Civil Veterinary Dept. Bombay admin report 1900-1906 - 1900-1906
Year: 1900
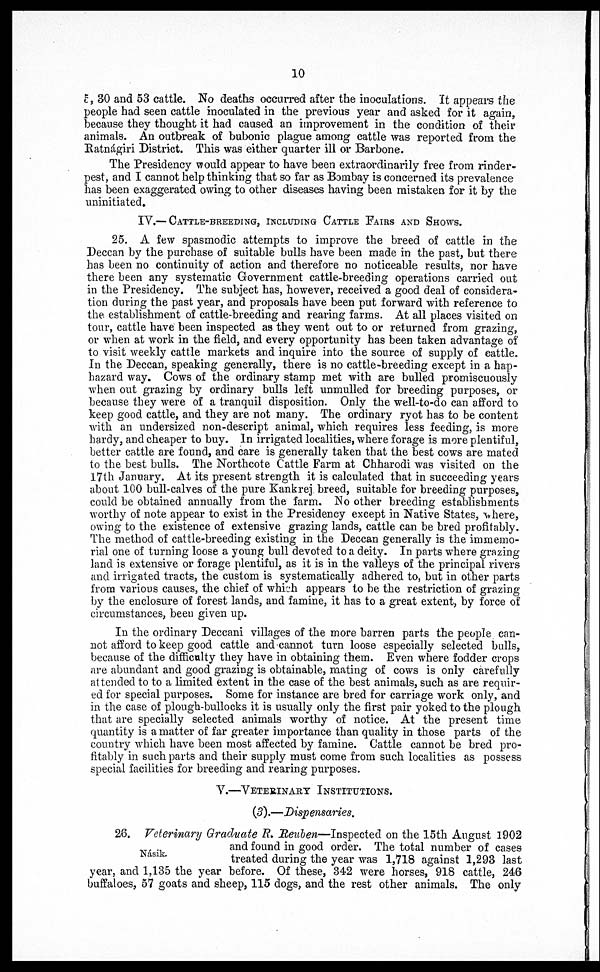
10
5, 30 and 53 cattle. No deaths occurred after the inoculations. It appears the
people had seen cattle inoculated in the previous year and asked for it again,
because they thought it had caused an improvement in the condition of their
animals. An outbreak of bubonic plague among cattle was reported from the
Ratnágiri District. This was either quarter ill or Barbone.
The Presidency would appear to have been extraordinarily free from rinder-
pest, and I cannot help thinking that so far as Bombay is concerned its prevalence
has been exaggerated owing to other diseases having been mistaken for it by the
uninitiated.
IV.— CATTLE-BREEDING, INCLUDING CATTLE FAIRS AND SHOWS.
25. A few spasmodic attempts to improve the breed of cattle in the
Deccan by the purchase of suitable bulls have been made in the past, but there
has been no continuity of action and therefore no noticeable results, nor have
there been any systematic Government cattle-breeding operations carried out
in the Presidency. The subject has, however, received a good deal of considera-
tion during the past year, and proposals have been put forward with reference to
the. establishment of cattle-breeding and rearing farms. At all places visited on
tour, cattle have been inspected as they went out to or returned from grazing,
or when at work in the field, and every opportunity has been taken advantage of
to visit weekly cattle markets and inquire into the source of supply of cattle.
In the Deccan, speaking generally, there is no cattle-breeding except in a hap-
hazard way. Cows of the ordinary stamp met with are bulled promiscuously
when out grazing by ordinary bulls left unmulled for breeding purposes, or
because they were of a tranquil disposition. Only the well-to-do can afford to
keep good cattle, and they are not many. The ordinary ryot has to be content
with an undersized non-descript animal, which requires less feeding, is more
hardy, and cheaper to buy. In irrigated localities, where forage is more plentiful,
better cattle are found, and care is generally taken that the best cows are mated
to the best bulls. The Northcote Cattle Farm at Chharodi was visited on the
17th January. At its present strength it is calculated that in succeeding years
about 100 bull-calves of the pure Kankrej breed, suitable for breeding purposes,
could be obtained annually from the farm. No other breeding establishments
worthy of note appear to exist in the Presidency except in Native States, where,
owing to the existence of extensive grazing lands, cattle can be bred profitably.
The method of cattle-breeding existing in the Deccan generally is the immemo-
rial one of turning loose a young bull devoted to a deity. In parts where grazing
land is extensive or forage plentiful, as it is in the valleys of the principal rivers
and irrigated tracts, the custom is systematically adhered to, but in other parts
from various causes, the chief of which appears to be the restriction of grazing
by the enclosure of forest lands, and famine, it has to a great extent, by force of
circumstances, been given up.
In the ordinary Deccani villages of the more barren parts the people can-
not afford to keep good cattle and cannot turn loose especially selected bulls,
because of the difficulty they have in obtaining them. Even where fodder crops
are abundant and good grazing is obtainable, mating of cows is only carefully
attended to to a limited extent in the case of the best animals, such as are requir-
ed for special purposes. Some for instance are bred for carriage work only, and
in the case of plough-bullocks it is usually only the first pair yoked to the plough
that are specially selected animals worthy of notice. At the present time
quantity is a matter of far greater importance than quality in those parts of the
country which have been most affected by famine. Cattle cannot be bred pro-
fitably in such parts and their supply must come from such localities as possess
special facilities for breeding and rearing purposes.
V.—VETERINARY INSTITUTIONS.
(3).—Dispensaries.
Násik.
28. Veterinary Graduate R. Reuben—Inspected on the 15th August 1902
and found in good order. The total number of cases
treated during the year was 1,718 against 1,293 last
year, and 1,135 the year before. Of these, 342 were horses, 918 cattle, 246
buffaloes, 57 goats and sheep, 115 dogs, and the rest other animals. The only